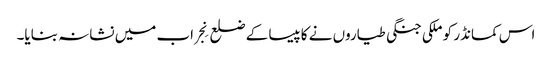
اس کمانڈر کو ملکی جنگی طیاروں نے کاپیسا کے ضلع نِجراب میں نشانہ بنایا۔